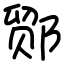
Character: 𬪍